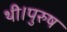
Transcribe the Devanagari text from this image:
थी।पुरुष